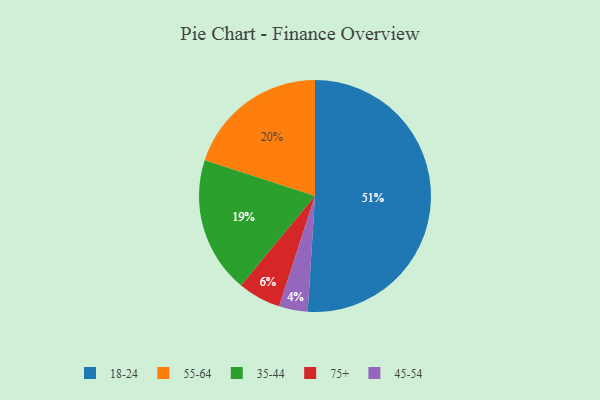
{"axis": {"x": "Category", "y": "Percentage"}, "legend": ["18-24", "35-44", "45-54", "55-64", "75+"], "data": [{"x": "45-54", "y": 4, "type": "45-54"}, {"x": "55-64", "y": 20, "type": "55-64"}, {"x": "75+", "y": 6, "type": "75+"}, {"x": "18-24", "y": 51, "type": "18-24"}, {"x": "35-44", "y": 19, "type": "35-44"}]}